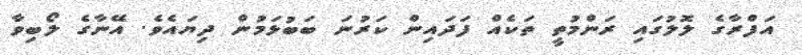
އަފްރާގެ ލޮލުގައި ރަންމުތީ ތަކެއް ފަދައިން ކަރުނަ ބަބުޅަމުން ދިޔައެވެ. އޭނާގެ ލޯބިވާ